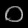
Digit: ၀